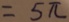
= 5 \pi